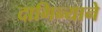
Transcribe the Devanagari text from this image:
दागिन्याने